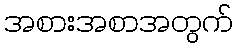
အစားအစာအတွက်